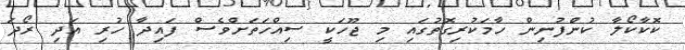
ކޮކާކޯލާ ކުންފުނިން ހާމަކުރިގޮތުގައި މި ޖޫހަކީ ސިއްހަތަށްވެސް ފައިދާ ހުރި އަދި ރޯދަ